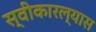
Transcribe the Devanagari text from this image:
स्वीकारल्यास